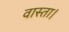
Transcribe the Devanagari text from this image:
वास्ता।